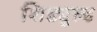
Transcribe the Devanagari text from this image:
शिड्युल्ड